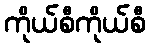
ကိုယ်စီကိုယ်စီ